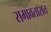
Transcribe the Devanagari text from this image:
रामावतारात